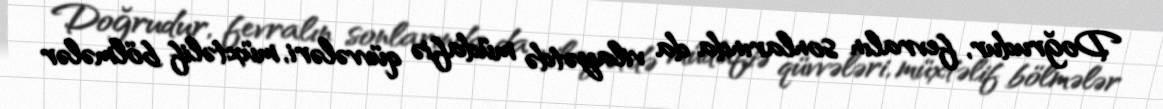
Doğrudur, fevralın sonlarında da vilayətdə müdafiə qüvvələri, müxtəlif bölmələr